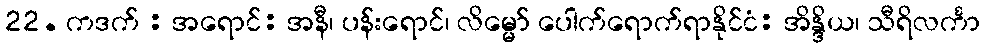
22. ကဒက် : အရောင်: အနီ၊ ပန်းရောင်၊ လိမ္မော် ပေါက်ရောက်ရာနိုင်ငံ: အိန္ဒိယ၊ သီရိလင်္ကာ